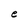
Character: e